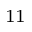
_ { 1 1 }